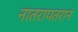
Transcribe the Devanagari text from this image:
नातरापतरानं